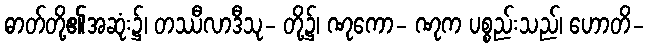
ဓာတ်တို့၏အဆုံး၌၊ တဿီလာဒီသု- တို့၌၊ ဏုကော- ဏုက ပစ္စည်းသည်၊ ဟောတိ-